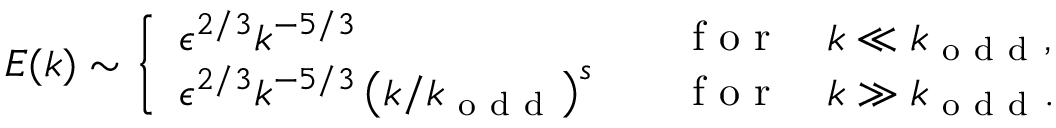
E ( k ) \sim \left\{ \begin{array} { l l } { \epsilon ^ { 2 / 3 } k ^ { - 5 / 3 } \quad } & { \mathrm { ~ f ~ o ~ r ~ } \quad k \ll k _ { \mathrm { ~ o ~ d ~ d ~ } } , } \\ { \epsilon ^ { 2 / 3 } k ^ { - 5 / 3 } \left( k / k _ { \mathrm { ~ o ~ d ~ d ~ } } \right) ^ { s } \quad } & { \mathrm { ~ f ~ o ~ r ~ } \quad k \gg k _ { \mathrm { ~ o ~ d ~ d ~ } } . } \end{array} \right.